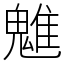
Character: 魋